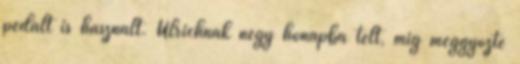
pedált is használt. Ulrichnak négy hónapba telt, míg meggyőzte